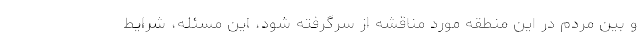
و بین مردم در این منطقه مورد مناقشه از سرگرفته شود، این مسئله، شرایط